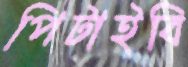
পিটাইবি